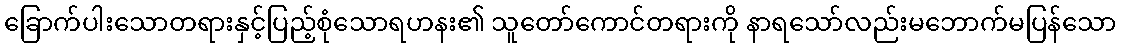
ခြောက်ပါးသောတရားနှင့်ပြည့်စုံသောရဟနး၏ သူတော်ကောင်တရားကို နာရသော်လည်းမဘောက်မပြန်သော